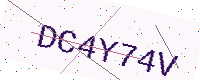
Text: DC4Y74V